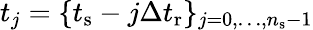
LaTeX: t_{j}=\{ t_{\mathrm{s}}-j\Delta t_{\mathrm{r}}\} _{j=0,\dots,n_{\mathrm{s}}-1}